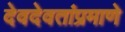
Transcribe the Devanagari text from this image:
देवदेवतांप्रमाणे